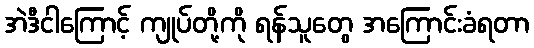
အဲဒီငါကြောင့် ကျုပ်တို့ကို ရန်သူတွေ အကြောင်းခံရတာ